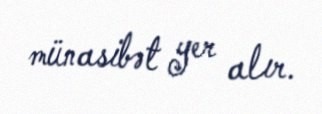
münasibət yer alır.